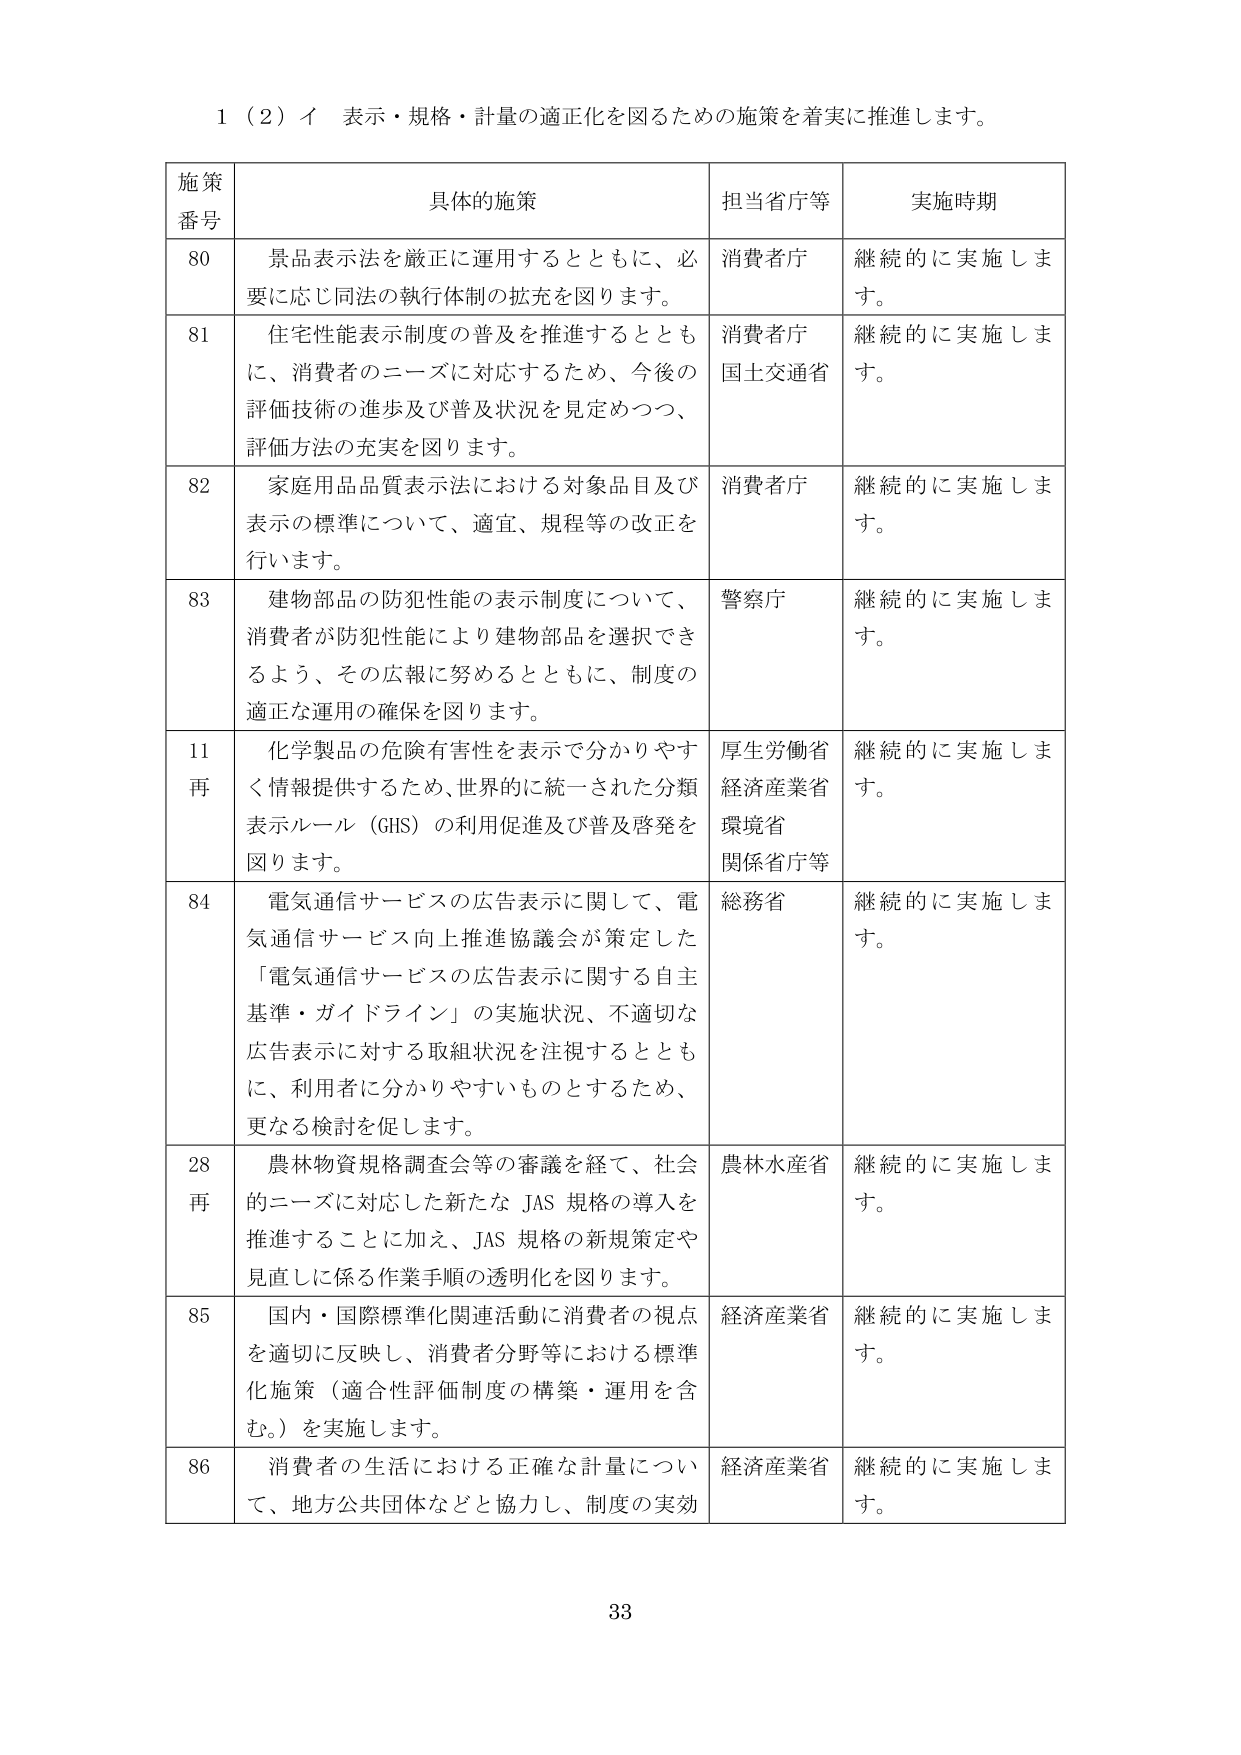
1（2）イ 表示・規格・計量の適正化を図るための施策を着実に推進します。

施策番号 具体的施策 担当省庁等 実施時期
80 景品表示法を厳正に運用するとともに、必要に応じ同法の執行体制の拡充を図ります。 消費者庁 継続的に実施します。
81 住宅性能表示制度の普及を推進するとともに、消費者のニーズに対応するため、今後の評価技術の進歩及び普及状況を見定めつつ、評価方法の充実を図ります。 消費者庁 国土交通省 継続的に実施します。
82 家庭用品品質表示法における対象品目及び表示の標準について、適宜、規程等の改正を行います。 消費者庁 継続的に実施します。
83 建物部品の防犯性能の表示制度について、消費者が防犯性能により建物部品を選択できるよう、その広報に努めるとともに、制度の適正な運用の確保を図ります。 警察庁 継続的に実施します。
11 再 化学製品の危険有害性を表示で分かりやすく情報提供するため、世界的に統一された分類表示ルール（GHS）の利用促進及び普及啓発を図ります。 厚生労働省 経済産業省 環境省 関係省庁等 継続的に実施します。
84 電気通信サービスの広告表示に関して、電気通信サービス向上推進協議会が策定した「電気通信サービスの広告表示に関する自主基準・ガイドライン」の実施状況、不適切な広告表示に対する取組状況を注視するとともに、利用者に分かりやすいものとするため、更なる検討を促します。 総務省 継続的に実施します。
28 再 農林物資規格調査会等の審議を経て、社会的ニーズに対応した新たなJAS規格の導入を推進することに加え、JAS規格の新規策定や見直しに係る作業手順の透明化を図ります。 農林水産省 継続的に実施します。
85 国内・国際標準化関連活動に消費者の視点を適切に反映し、消費者分野等における標準化施策（適合性評価制度の構築・運用を含む。）を実施します。 経済産業省 継続的に実施します。
86 消費者の生活における正確な計量について、地方公共団体などと協力し、制度の実効 経済産業省 継続的に実施します。

33